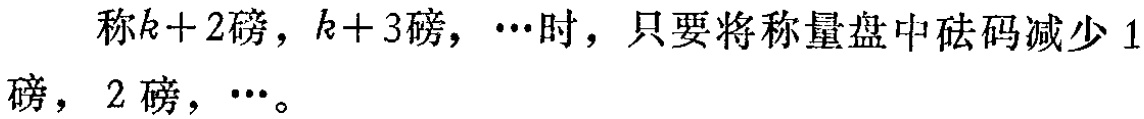
称\(k + 2\)磅，\(k + 3\)磅，\(\cdots\)时，只要将称量盘中砝码减少\(1\)磅，\(2\)磅，\(\cdots\)。